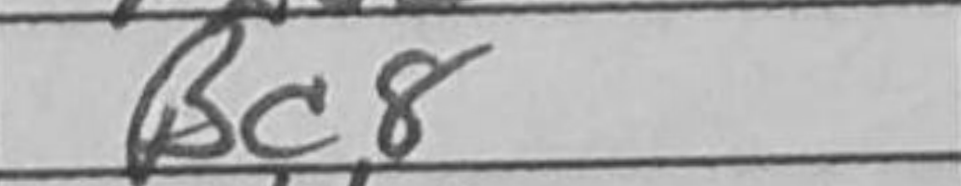
Transcription: Bc8